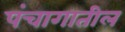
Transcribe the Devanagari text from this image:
पंचागातील